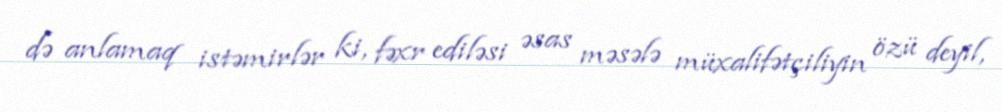
də anlamaq istəmirlər ki, fəxr ediləsi əsas məsələ müxalifətçiliyin özü deyil,